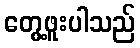
တွေ့ဖူးပါသည်